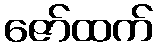
ဇော်ထက်